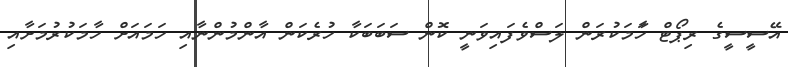
އޭސީސީގެ ރިޕޯޓް ހާަމަކުރަން ލަސްވެފައިވަނީ ކޮން ސަބަބަކާ ހުރެކަން އާންމުންނާއި ހަމައަށް ހާމަކުރުމަށާއި